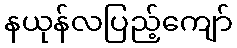
နယုန်လပြည့်ကျော်